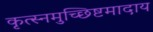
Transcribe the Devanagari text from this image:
कृत्स्नमुच्छिष्टमादाय